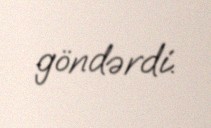
göndərdi.